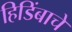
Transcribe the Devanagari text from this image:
हिडिंबाचे